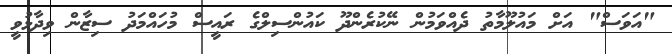
"އަވަސް" އަށް މައުލޫމާތު ދެއްވަމުން ނޭކުރެންދޫ ކައުންސިލްގެ ރައީސް މުހައްމަދު ސިޒާން ވިދާޅުވީ